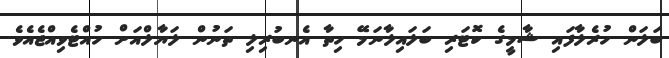
ބަލަން ހުރެލާފައި ޝާމީގެ ކޮޓަރި ބަލައިލާނަމޭ ހިތާ އެނބުރިލި ތަނުން ލަޔާލްއަށް ހުއްޓެވިއްޖެއެވެ.